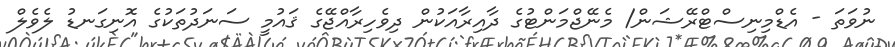
ނުވަތަ - އެޑްމިނިސްޓްރޭޝަން/ މެނޭޖްމަންޓުގެ ދާއިރާއަކުން ދިވެހިރާއްޖޭގެ ޤައުމީ ސަނަދުތަކުގެ އޮނިގަނޑު ލެވެލް